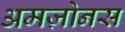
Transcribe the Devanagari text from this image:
अमज़ोनस